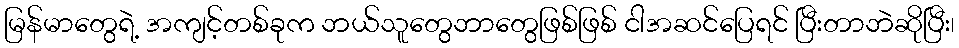
မြန်မာတွေရဲ့ အကျင့်တစ်ခုက ဘယ်သူတွေဘာတွေဖြစ်ဖြစ် ငါအဆင်ပြေရင် ပြီးတာဘဲဆိုပြီး၊